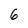
Character: 6